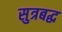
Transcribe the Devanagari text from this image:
सुत्रबद्ध